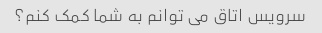
سرویس اتاق می توانم به شما کمک کنم؟